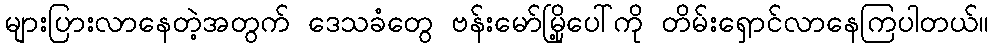
များပြားလာနေတဲ့အတွက် ဒေသခံတွေ ဗန်းမော်မြို့ပေါ်ကို တိမ်းရှောင်လာနေကြပါတယ်။